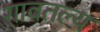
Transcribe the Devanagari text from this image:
गावतल्य